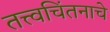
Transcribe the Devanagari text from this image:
तत्त्वचिंतनाचे